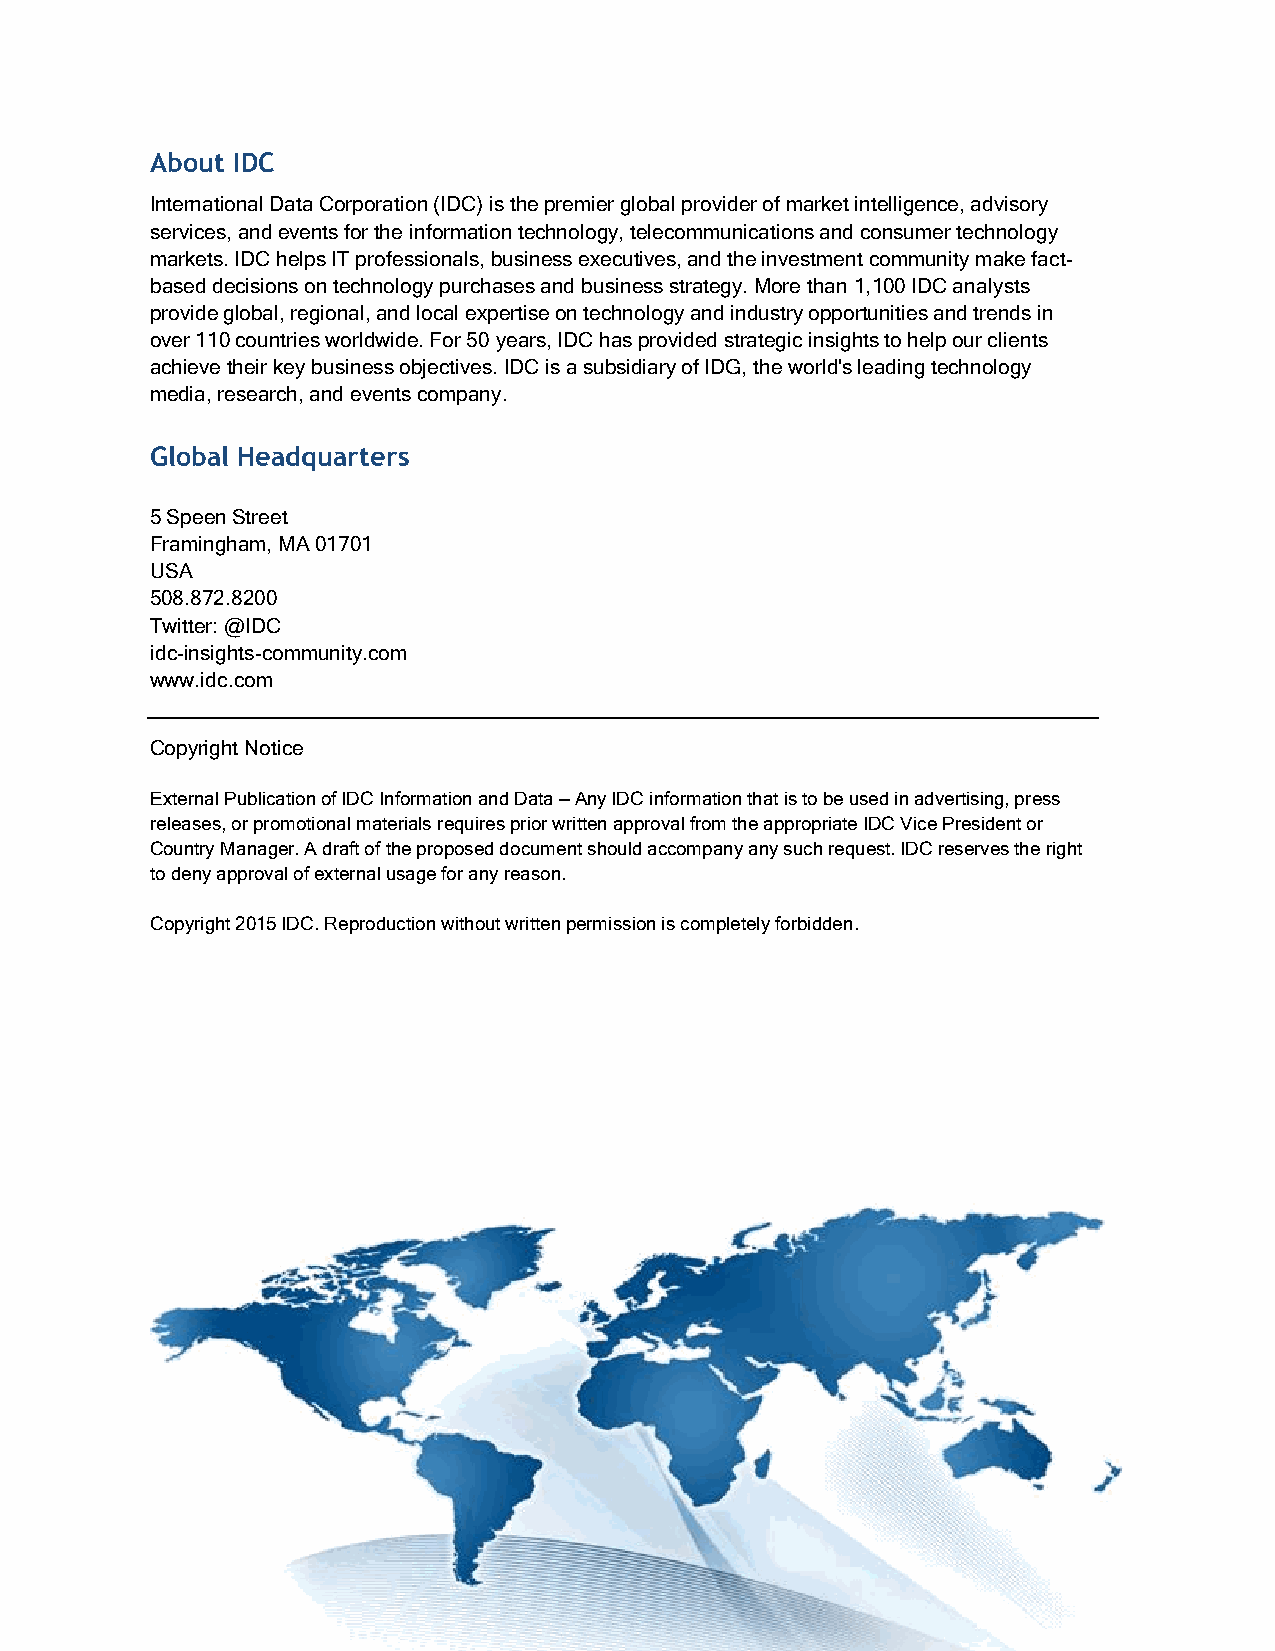
About IDC
 International Data Corporation (IDC) is the premier global provider of market intelligence, advisory
 services, and events for the information technology, telecommunications and consumer technology
 markets. IDC helps IT professionals, business executives, and the investment community make fact-
 based decisions on technology purchases and business strategy. More than 1,100 IDC analysts
 provide global, regional, and local expertise on technology and industry opportunities and trends in
 over 110 countries worldwide. For 50 years, IDC has provided strategic insights to help our clients
 achieve their key business objectives. IDC is a subsidiary of IDG, the world's leading technology
 media, research, and events company.
 Global Headquarters
 5 Speen Street
 Framingham, MA 01701
 USA
 508.872.8200
 Twitter: @IDC
 idc-insights-community.com
 www.idc.com
 Copyright Notice
 External Publication of IDC Information and Data — Any IDC information that is to be used in advertising, press
 releases, or promotional materials requires prior written approval from the appropriate IDC Vice President or
 Country Manager. A draft of the proposed document should accompany any such request. IDC reserves the right
 to deny approval of external usage for any reason.
 Copyright 2015 IDC. Reproduction without written permission is completely forbidden.